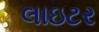
લાઇટર